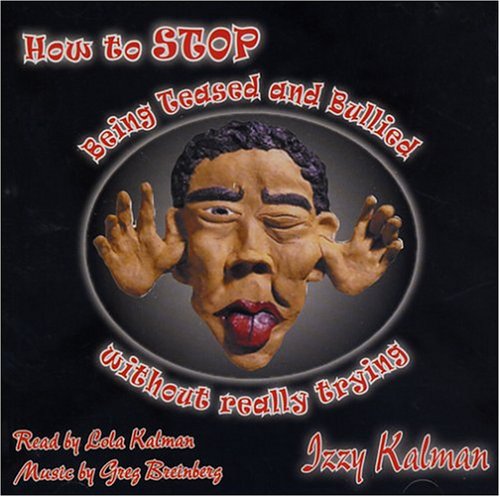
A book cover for How to Stop Being Teased and Bullied without Really Trying; Izzy Kalman; Teen & Young Adult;